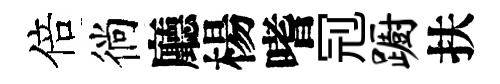
倍徜廳楊嗜𠜍蹰扶